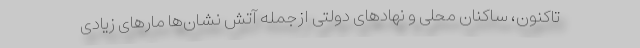
تاکنون، ساکنان محلی و نهاد‌های دولتی ازجمله آتش نشان‌ها مار‌های زیادی